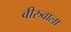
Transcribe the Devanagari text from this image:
बीरुवाला